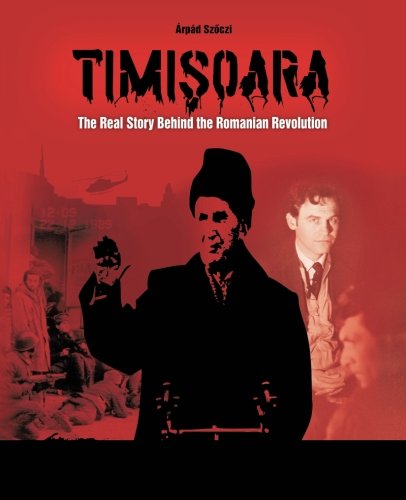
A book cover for Timisoara: The Real Story Behind the Romanian Revolution; ÃErpÃ¡d Szoczi; History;